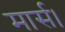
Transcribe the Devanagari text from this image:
मार्स।